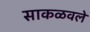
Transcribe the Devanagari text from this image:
साकळवले